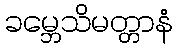
ခမ္ဘေသိမတ္တာနံ